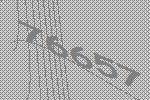
76657